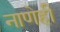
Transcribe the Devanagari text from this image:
नाणेही